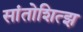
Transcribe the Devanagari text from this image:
सांतोशित्झ